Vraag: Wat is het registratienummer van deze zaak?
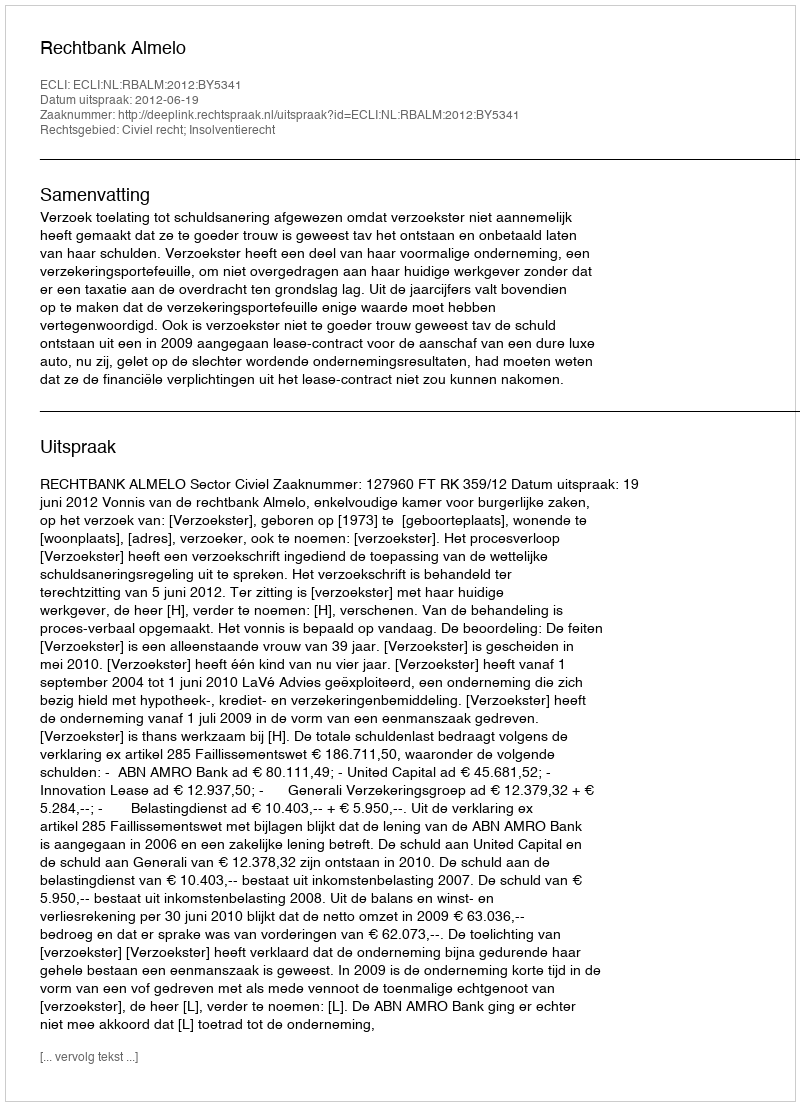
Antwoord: http://deeplink.rechtspraak.nl/uitspraak?id=ECLI:NL:RBALM:2012:BY5341